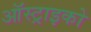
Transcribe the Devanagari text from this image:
ऑस्ट्राइको